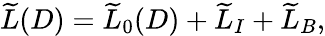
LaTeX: \widetilde{L}(D)=\widetilde{L}_{0}(D)+\widetilde{L}_{I}+\widetilde{L}_{B},